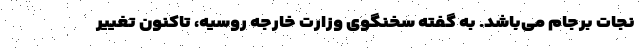
نجات برجام می‌باشد. به گفته سخنگوی وزارت خارجه روسیه، تاکنون تغییر